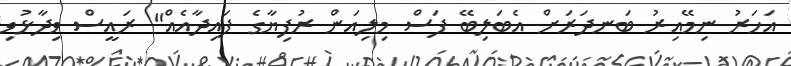
އަހަރު ނިމޭއިރު ބަނދަރަށް އެބަލިބޭ ފަސް މިލިއަން ރުފިޔާގެ ފައިދާއެއް" ރައީސް ވިދާޅުވި